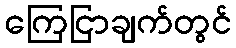
ကြေငြာချက်တွင်